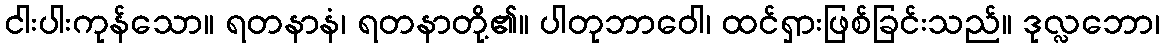
ငါးပါးကုန်သော။ ရတနာနံ၊ ရတနာတို့၏။ ပါတုဘာဝေါ၊ ထင်ရှားဖြစ်ခြင်းသည်။ ဒုလ္လဘော၊